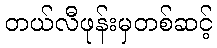
တယ်လီဖုန်းမှတစ်ဆင့်